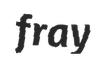
fray